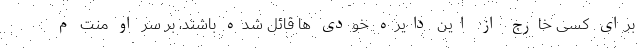
برای کسی خارج از این دایره خودی ها قائل شده باشند، بر سر او منت م